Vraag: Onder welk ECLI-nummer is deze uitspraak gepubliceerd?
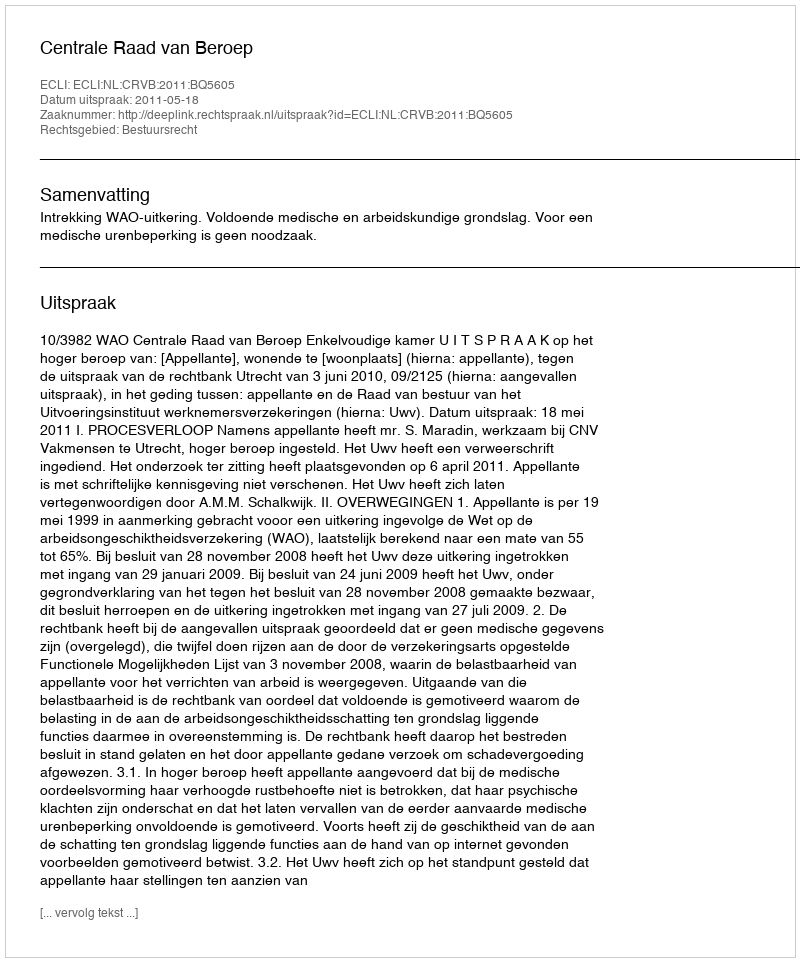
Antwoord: ECLI:NL:CRVB:2011:BQ5605